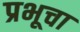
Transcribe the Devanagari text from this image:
प्रभूचा